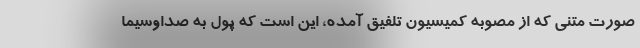
صورت متنی که از مصوبه کمیسیون تلفیق آمده، این است که پول به صداوسیما